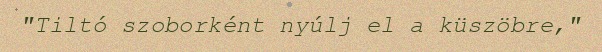
"Tiltó szoborként nyúlj el a küszöbre,"